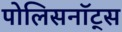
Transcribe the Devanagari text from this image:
पोलिसनॉट्स